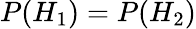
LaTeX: P(H_{1})=P(H_{2})